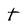
Character: t